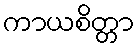
ကာယစိတ္တာ